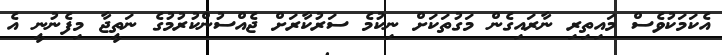
އެކަމަކުވެސް މައިތިރި ނާރައިގެން މަގުތަކަށް ނިކުމެ ސަރުކާރަށް ޖެއްސުންކުރުމުގެ ނަތީޖާ މިފެނުނީ އެ